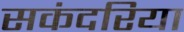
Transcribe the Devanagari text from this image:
सकंदरिया